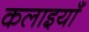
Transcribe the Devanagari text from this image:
कलाइयाँ